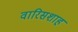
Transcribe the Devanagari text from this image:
वारिसशाह